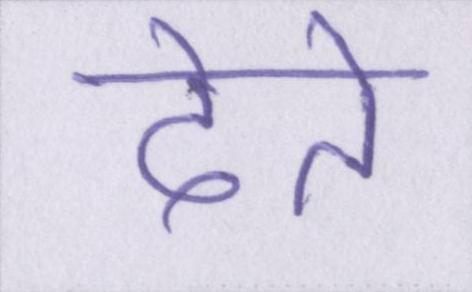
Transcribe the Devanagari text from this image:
देते